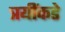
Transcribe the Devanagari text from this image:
त्रयींकडे